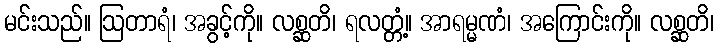
မင်းသည်။ ဩတာရံ၊ အခွင့်ကို။ လစ္ဆတိ၊ ရလတ္တံ့။ အာရမ္မဏံ၊ အကြောင်းကို။ လစ္ဆတိ၊